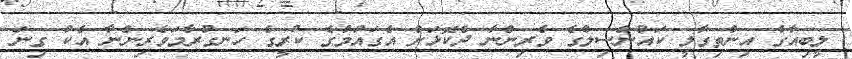
ލީބިއާގެ އިންތިގާލީ ކައުންސިލްގެ ވެރިންނާ ދެކޮޅަށް އެގައުމުގެ ކުރީގެ ހަނގުރާމަވެރިންނާ އެކު ގިނަ